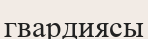
гвардиясы